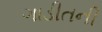
ગાડીતની